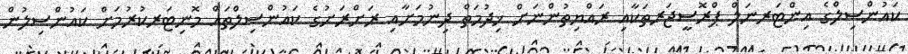
ކައުންސިލްގެ އިންޓަރނަލް ޕްރޮސީޖަރތަކާއި ރައްޔިތުންނަށް ޚިދުމަތް ދިނުމަށާއި ރަށްރަށުގެ ކައުންސިލްތައް މޮނިޓަރކުރުމަށް ކައުންސިލުން